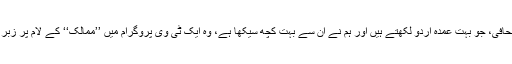
گزشتہ دنوں ایک بہت سینیئر صحافی، جو بہت عمدہ اردو لکھتے ہیں اور ہم نے اُن سے بہت کچھ سیکھا ہے، وہ ایک ٹی وی پروگرام میں ’’ممالک‘‘ کے لام پر زبر لگا رہے تھے، یعنی ’’ممالَک‘‘۔